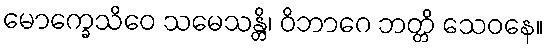
မောက္ခေသိဝေ သမေသန္တိ၊ ဝိဘာဂေ ဘတ္တိ သေဝနေ။